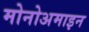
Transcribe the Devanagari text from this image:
मोनोअमाइन